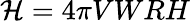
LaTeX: {\cal H}=4\pi VWRH